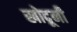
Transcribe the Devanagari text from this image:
खोदूनी